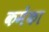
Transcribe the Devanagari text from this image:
कमेंका